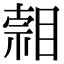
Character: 𥈷